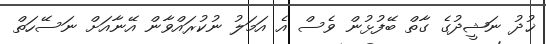
ޚުދު ނަޝީދުގެ ގާތް ބޭފުޅުން ވެސް އެ އަމަލު ނުކުރައްވާން އޭނާއަށް ނަސޭހަތް